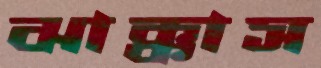
ঝাক্কাস